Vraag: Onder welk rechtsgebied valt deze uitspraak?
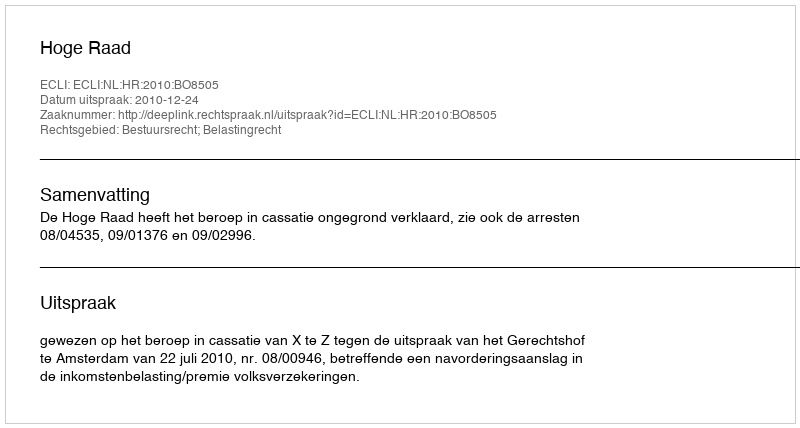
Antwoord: Bestuursrecht; Belastingrecht